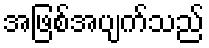
အဖြစ်အပျက်သည်